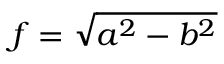
f = \sqrt { a ^ { 2 } - b ^ { 2 } }